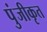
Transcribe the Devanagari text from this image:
पुंजीकृत